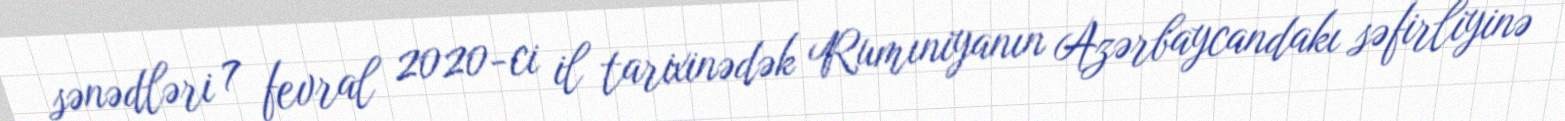
sənədləri 7 fevral 2020-ci il tarixinədək Rumıniyanın Azərbaycandakı səfirliyinə